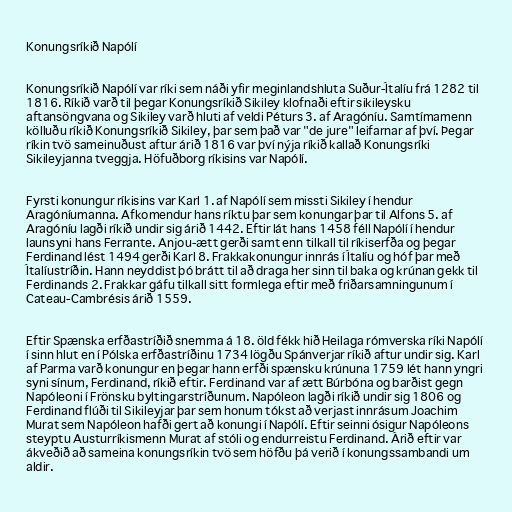
Konungsríkið Napólí

Konungsríkið Napólí var ríki sem náði yfir meginlandshluta Suður-Ítalíu frá 1282 til
1816. Ríkið varð til þegar Konungsríkið Sikiley klofnaði eftir sikileysku
aftansöngvana og Sikiley varð hluti af veldi Péturs 3. af Aragóníu. Samtímamenn
kölluðu ríkið Konungsríkið Sikiley, þar sem það var "de jure" leifarnar af því. Þegar
ríkin tvö sameinuðust aftur árið 1816 var því nýja ríkið kallað Konungsríki
Sikileyjanna tveggja. Höfuðborg ríkisins var Napólí.

Fyrsti konungur ríkisins var Karl 1. af Napólí sem missti Sikiley í hendur
Aragóníumanna. Afkomendur hans ríktu þar sem konungar þar til Alfons 5. af
Aragóníu lagði ríkið undir sig árið 1442. Eftir lát hans 1458 féll Napólí í hendur
launsyni hans Ferrante. Anjou-ætt gerði samt enn tilkall til ríkiserfða og þegar
Ferdinand lést 1494 gerði Karl 8. Frakkakonungur innrás í Ítalíu og hóf þar með
Ítalíustríðin. Hann neyddist þó brátt til að draga her sinn til baka og krúnan gekk til
Ferdinands 2. Frakkar gáfu tilkall sitt formlega eftir með friðarsamningunum í
Cateau-Cambrésis árið 1559.

Eftir Spænska erfðastríðið snemma á 18. öld fékk hið Heilaga rómverska ríki Napólí
í sinn hlut en í Pólska erfðastríðinu 1734 lögðu Spánverjar ríkið aftur undir sig. Karl
af Parma varð konungur en þegar hann erfði spænsku krúnuna 1759 lét hann yngri
syni sínum, Ferdinand, ríkið eftir. Ferdinand var af ætt Búrbóna og barðist gegn
Napóleoni í Frönsku byltingarstríðunum. Napóleon lagði ríkið undir sig 1806 og
Ferdinand flúði til Sikileyjar þar sem honum tókst að verjast innrásum Joachim
Murat sem Napóleon hafði gert að konungi í Napólí. Eftir seinni ósigur Napóleons
steyptu Austurríkismenn Murat af stóli og endurreistu Ferdinand. Árið eftir var
ákveðið að sameina konungsríkin tvö sem höfðu þá verið í konungssambandi um
aldir.